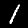
Digit: 1